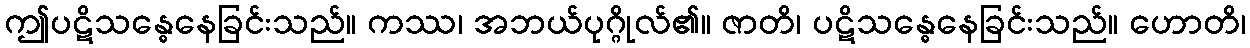
ဤပဋိသန္ဓေနေခြင်းသည်။ ကဿ၊ အဘယ်ပုဂ္ဂိုလ်၏။ ဇာတိ၊ ပဋိသန္ဓေနေခြင်းသည်။ ဟောတိ၊